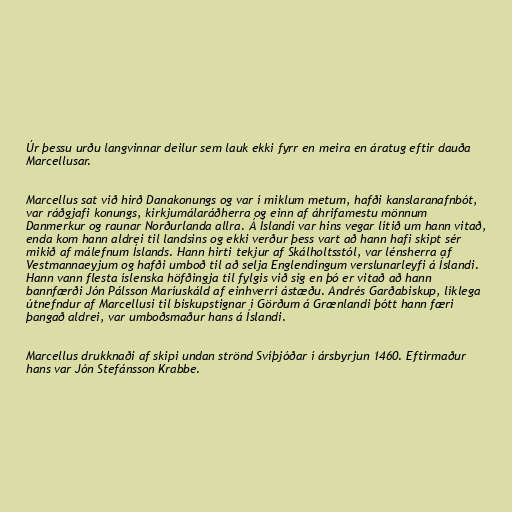
Úr þessu urðu langvinnar deilur sem lauk ekki fyrr en meira en áratug eftir dauða
Marcellusar.

Marcellus sat við hirð Danakonungs og var í miklum metum, hafði kanslaranafnbót,
var ráðgjafi konungs, kirkjumálaráðherra og einn af áhrifamestu mönnum
Danmerkur og raunar Norðurlanda allra. Á Íslandi var hins vegar lítið um hann vitað,
enda kom hann aldrei til landsins og ekki verður þess vart að hann hafi skipt sér
mikið af málefnum Íslands. Hann hirti tekjur af Skálholtsstól, var lénsherra af
Vestmannaeyjum og hafði umboð til að selja Englendingum verslunarleyfi á Íslandi.
Hann vann flesta íslenska höfðingja til fylgis við sig en þó er vitað að hann
bannfærði Jón Pálsson Maríuskáld af einhverri ástæðu. Andrés Garðabiskup, líklega
útnefndur af Marcellusi til biskupstignar í Görðum á Grænlandi þótt hann færi
þangað aldrei, var umboðsmaður hans á Íslandi.

Marcellus drukknaði af skipi undan strönd Svíþjóðar í ársbyrjun 1460. Eftirmaður
hans var Jón Stefánsson Krabbe.